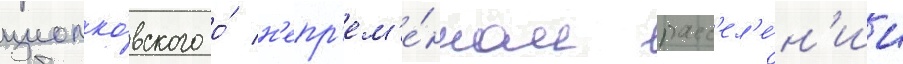
циолко́вского о́ н'епр'ем'е́нном расс'ел'е́н'ии